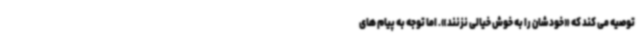
توصیه می کند که «خودشان را به خوش خیالی نزنند». اما توجه به پیام های